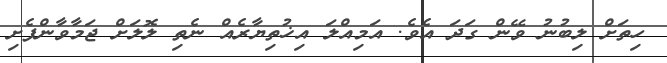
ހިތަށް ލިބުނު ވޭން ގަދަ އެވެ. އަމިއްލަ އިޚުތިޔާރެއް ނެތި ލޮލަށް ޖަމާވާންފެށި